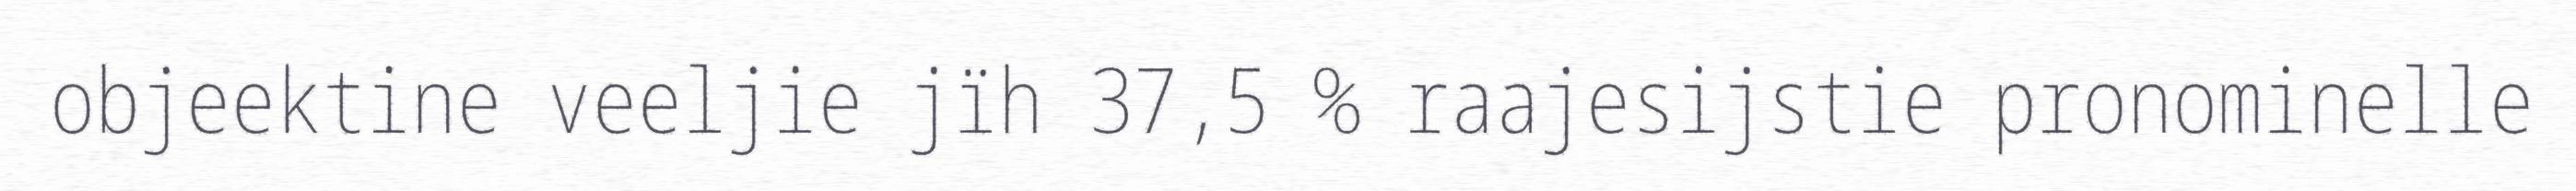
objeektine veeljie jïh 37,5 % raajesijstie pronominelle